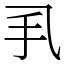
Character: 𢩦